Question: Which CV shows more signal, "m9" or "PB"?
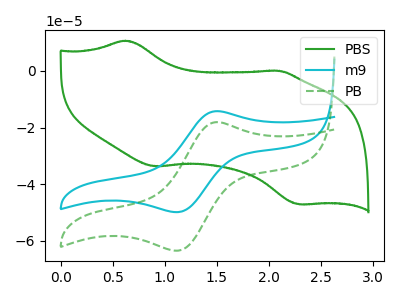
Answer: <think>The green curve "PBS" has anodic peaks at (0.60V, 10.70uA) (2.10V, 0.10uA) and cathodic peaks at (0.90V, -33.70uA) (2.30V, -47.10uA). The cyan curve "m9" has an anodic peak at (1.50V, -14.20uA) and a cathodic peak at (1.15V, -49.85uA). The green dashed curve "PB" has an anodic peak at (1.50V, -18.10uA) and a cathodic peak at (1.15V, -63.50uA).
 All the peaks in "m9" have a peak in "PB" at the same potential.</think>
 <answer>I cant tell if "m9" or "PB" has more signal.</answer>
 <eval>mixed_signal</eval>